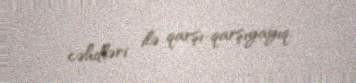
cəhdləri ilə qarşı-qarşıyayıq.